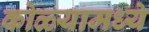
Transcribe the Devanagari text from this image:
कोळ्यामध्ये